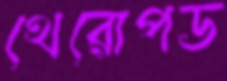
থেরোপড